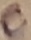
Text: C